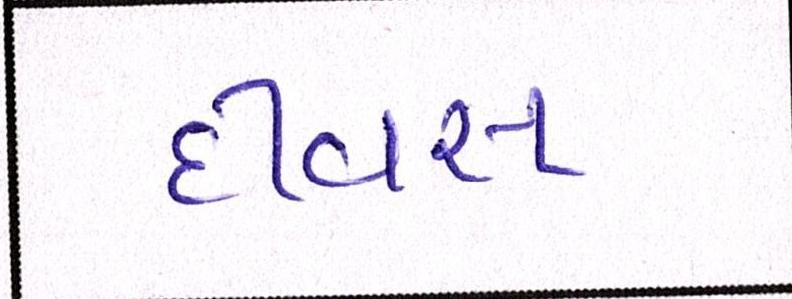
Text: દીવસ